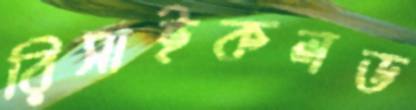
রিসাইকলড